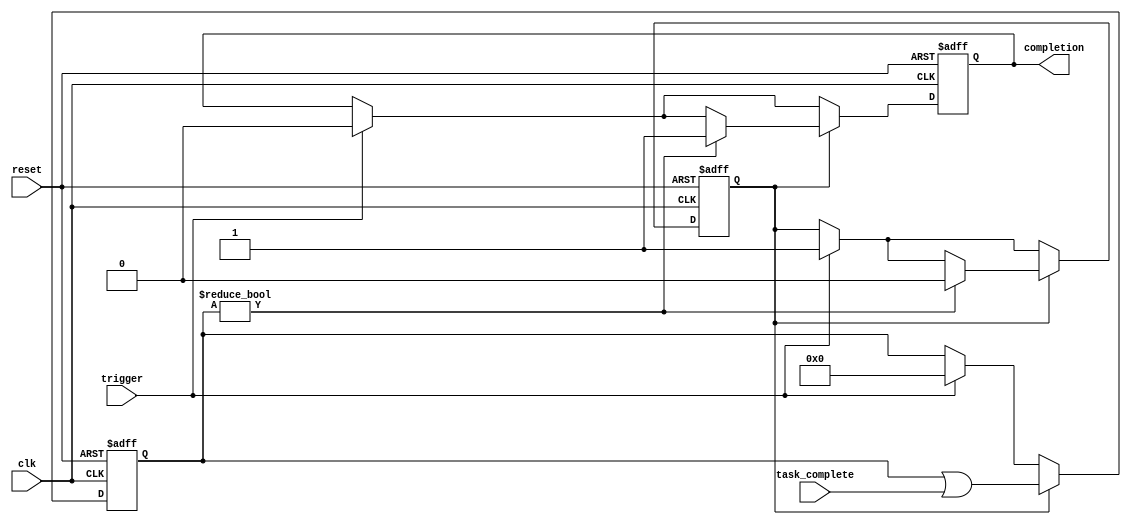
module ForkJoinAny #(
    parameter NUM_TASKS = 4  // Number of parallel tasks
)(
    input wire clk,             // Clock signal
    input wire reset,           // Reset signal
    input wire trigger,         // Trigger signal for forking tasks
    input wire [NUM_TASKS-1:0] task_complete, // Completion signals for each task
    output reg completion        // Output signal indicating any task completion
);

    // Internal state to track task completion
    reg [NUM_TASKS-1:0] task_status;
    reg tasks_active;

    // Sequential logic for handling task completion
    always @(posedge clk or posedge reset) begin
        if (reset) begin
            // Reset internal states
            task_status <= 0;
            tasks_active <= 0;
            completion <= 0;
        end else begin
            if (trigger) begin
                // Forking tasks, set tasks_active
                tasks_active <= 1;
                task_status <= 0; // Reset task status
                completion <= 0;   // Reset completion signal
            end
            
            // Monitor task completion
            if (tasks_active) begin
                // Update task status based on completion signals
                task_status <= task_status | task_complete;

                // Check if any task has completed
                if (task_status != 0) begin
                    completion <= 1; // Set completion signal high
                    tasks_active <= 0; // Clear tasks_active
                end
            end
        end
    end

endmodule